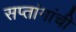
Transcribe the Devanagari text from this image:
सप्तांगांची